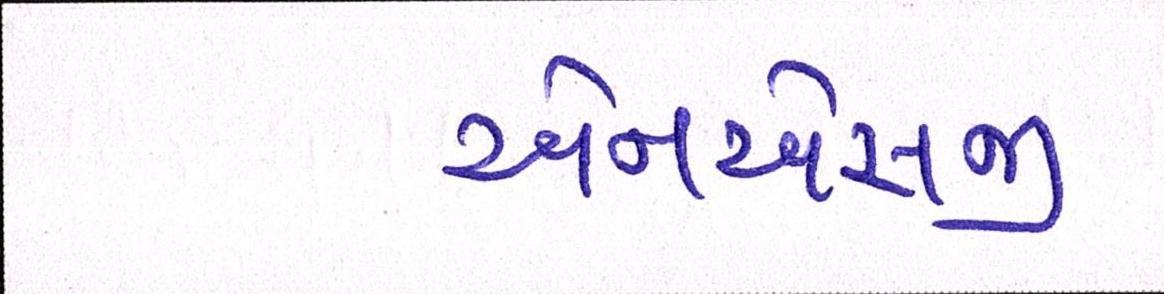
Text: એનએસજી